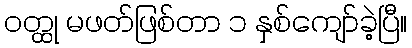
ဝတ္ထု မဖတ်ဖြစ်တာ ၁ နှစ်ကျော်ခဲ့ပြီ။